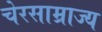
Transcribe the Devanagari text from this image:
चेरसाम्राज्य